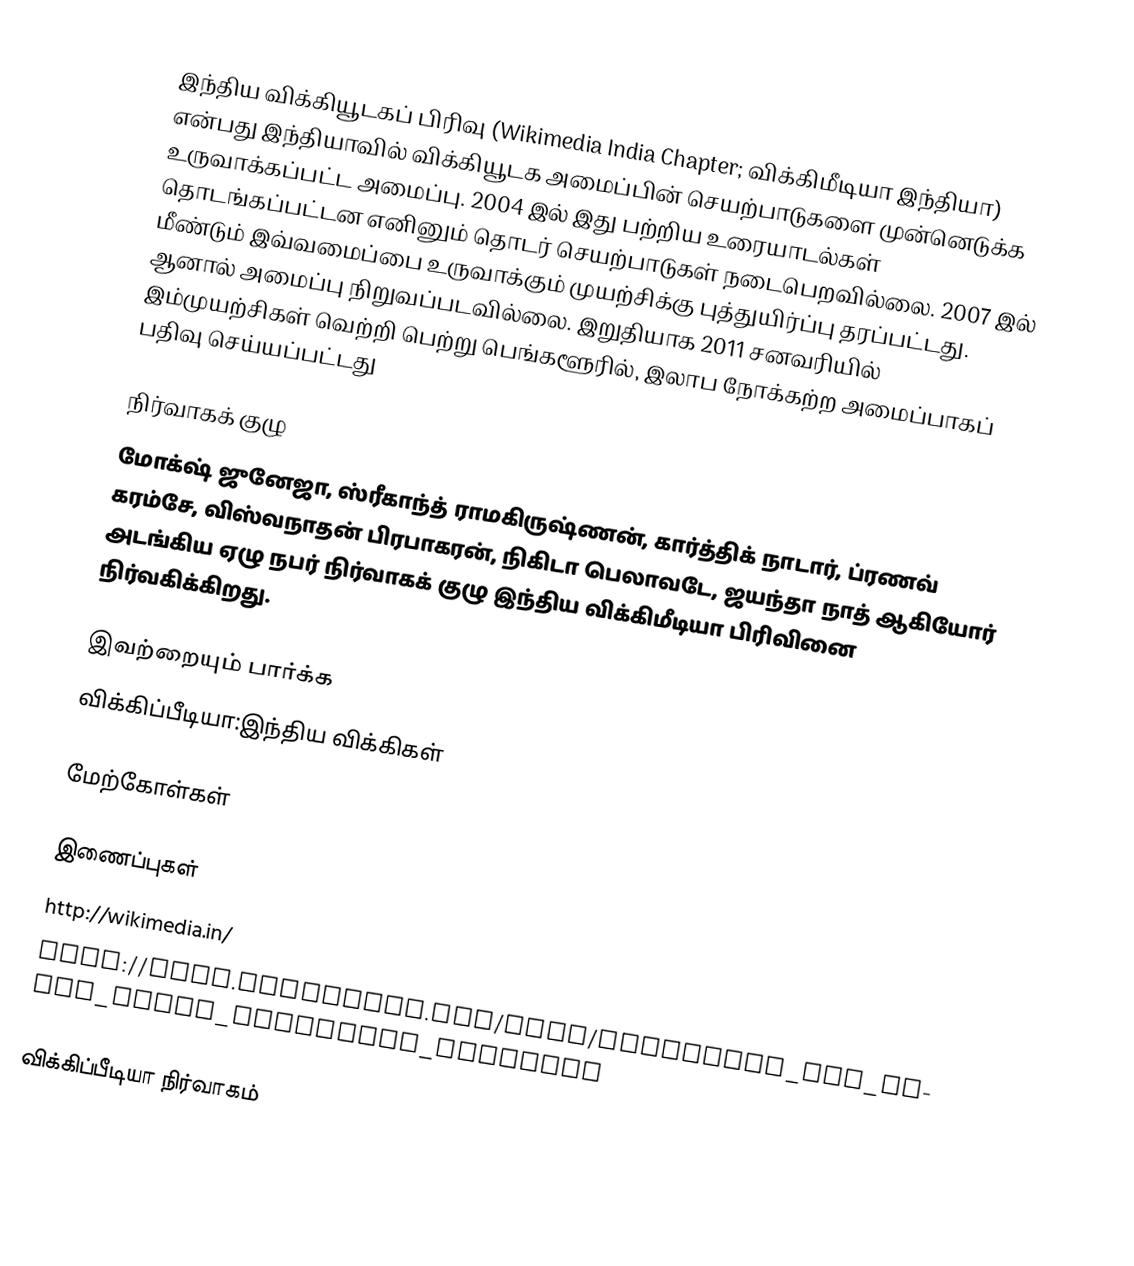
இந்திய விக்கியூடகப் பிரிவு (Wikimedia India Chapter; விக்கிமீடியா இந்தியா) என்பது இந்தியாவில் விக்கியூடக அமைப்பின் செயற்பாடுகளை முன்னெடுக்க உருவாக்கப்பட்ட அமைப்பு. 2004 இல் இது பற்றிய உரையாடல்கள் தொடங்கப்பட்டன எனினும் தொடர் செயற்பாடுகள் நடைபெறவில்லை. 2007 இல் மீண்டும் இவ்வமைப்பை உருவாக்கும் முயற்சிக்கு புத்துயிர்ப்பு தரப்பட்டது. ஆனால் அமைப்பு நிறுவப்படவில்லை. இறுதியாக 2011 சனவரியில் இம்முயற்சிகள் வெற்றி பெற்று பெங்களூரில், இலாப நோக்கற்ற அமைப்பாகப் பதிவு செய்யப்பட்டது

நிர்வாகக் குழு
மோக்‌ஷ் ஜுனேஜா, ஸ்ரீகாந்த் ராமகிருஷ்ணன், கார்த்திக் நாடார், ப்ரணவ் கரம்சே, விஸ்வநாதன் பிரபாகரன், நிகிடா பெலாவடே, ஜயந்தா நாத் ஆகியோர் அடங்கிய ஏழு நபர் நிர்வாகக் குழு இந்திய விக்கிமீடியா பிரிவினை நிர்வகிக்கிறது.

இவற்றையும் பார்க்க
 விக்கிப்பீடியா:இந்திய விக்கிகள்

மேற்கோள்கள்

இணைப்புகள்
 http://wikimedia.in/
 http://meta.wikimedia.org/wiki/Promoting_the_South_Asian_languages_projects

விக்கிப்பீடியா நிர்வாகம்